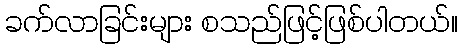
ခက်လာခြင်းများ စသည်ဖြင့်ဖြစ်ပါတယ်။